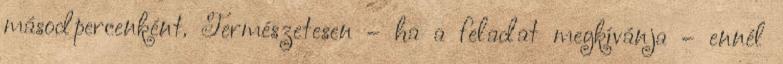
másodpercenként. Természetesen – ha a feladat megkívánja – ennél